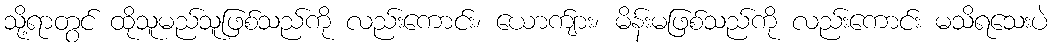
သို့ရာတွင် ထိုသူမည်သူဖြစ်သည်ကို လည်းကောင်း၊ ယောက်ျား၊ မိန်းမဖြစ်သည်ကို လည်းကောင်း မသိရသေးပဲ